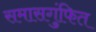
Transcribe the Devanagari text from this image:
समासगुंफित